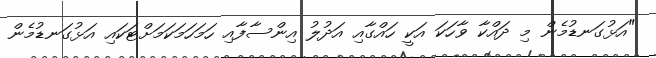
"އަޅުގަނޑުމެން މި ދައްކާ ވާހަކަ އަކީ ހައްގާއި އަދުލު އިންސާފާއި ހަމަހަމަކަމަށްޓަކައި އަޅުގަނޑުމެން